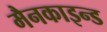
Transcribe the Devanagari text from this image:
मैनकाइन्ड